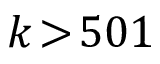
k \! > \! 5 0 1